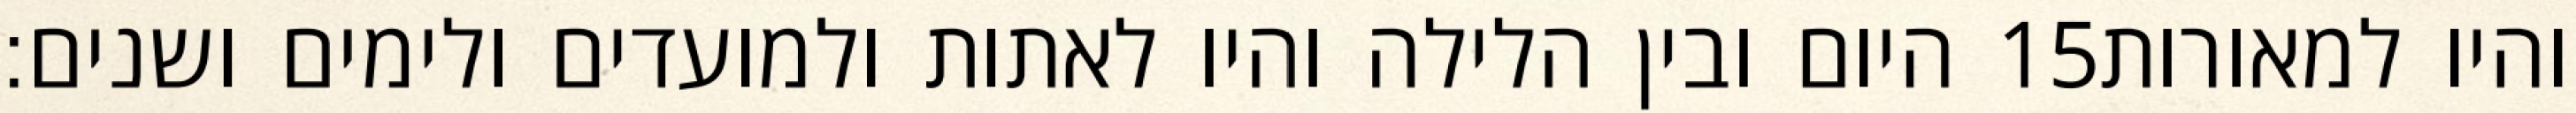
היום ובין הלילה והיו לאתות ולמועדים ולימים ושנים׃ ‎15‏ והיו למאורות